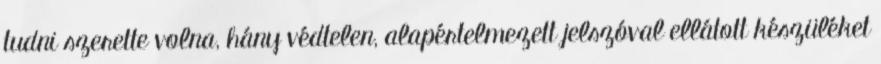
tudni szerette volna, hány védtelen, alapértelmezett jelszóval ellátott készüléket